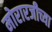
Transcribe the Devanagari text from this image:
मोरारजीच्या